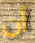
أن